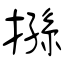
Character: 搎